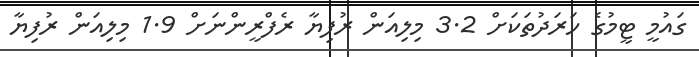
ގައުމީ ޓީމުގެ ހަރަދުތަކަށް 3.2 މިލިއަން ރުފިޔާ ރެފްރީންނަށް 1.9 މިލިއަން ރުފިޔާ